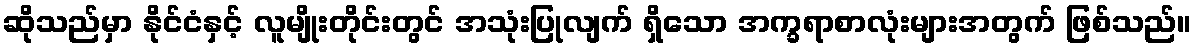
ဆိုသည်မှာ နိုင်ငံနှင့် လူမျိုးတိုင်းတွင် အသုံးပြုလျက် ရှိသော အက္ခရာစာလုံးများအတွက် ဖြစ်သည်။